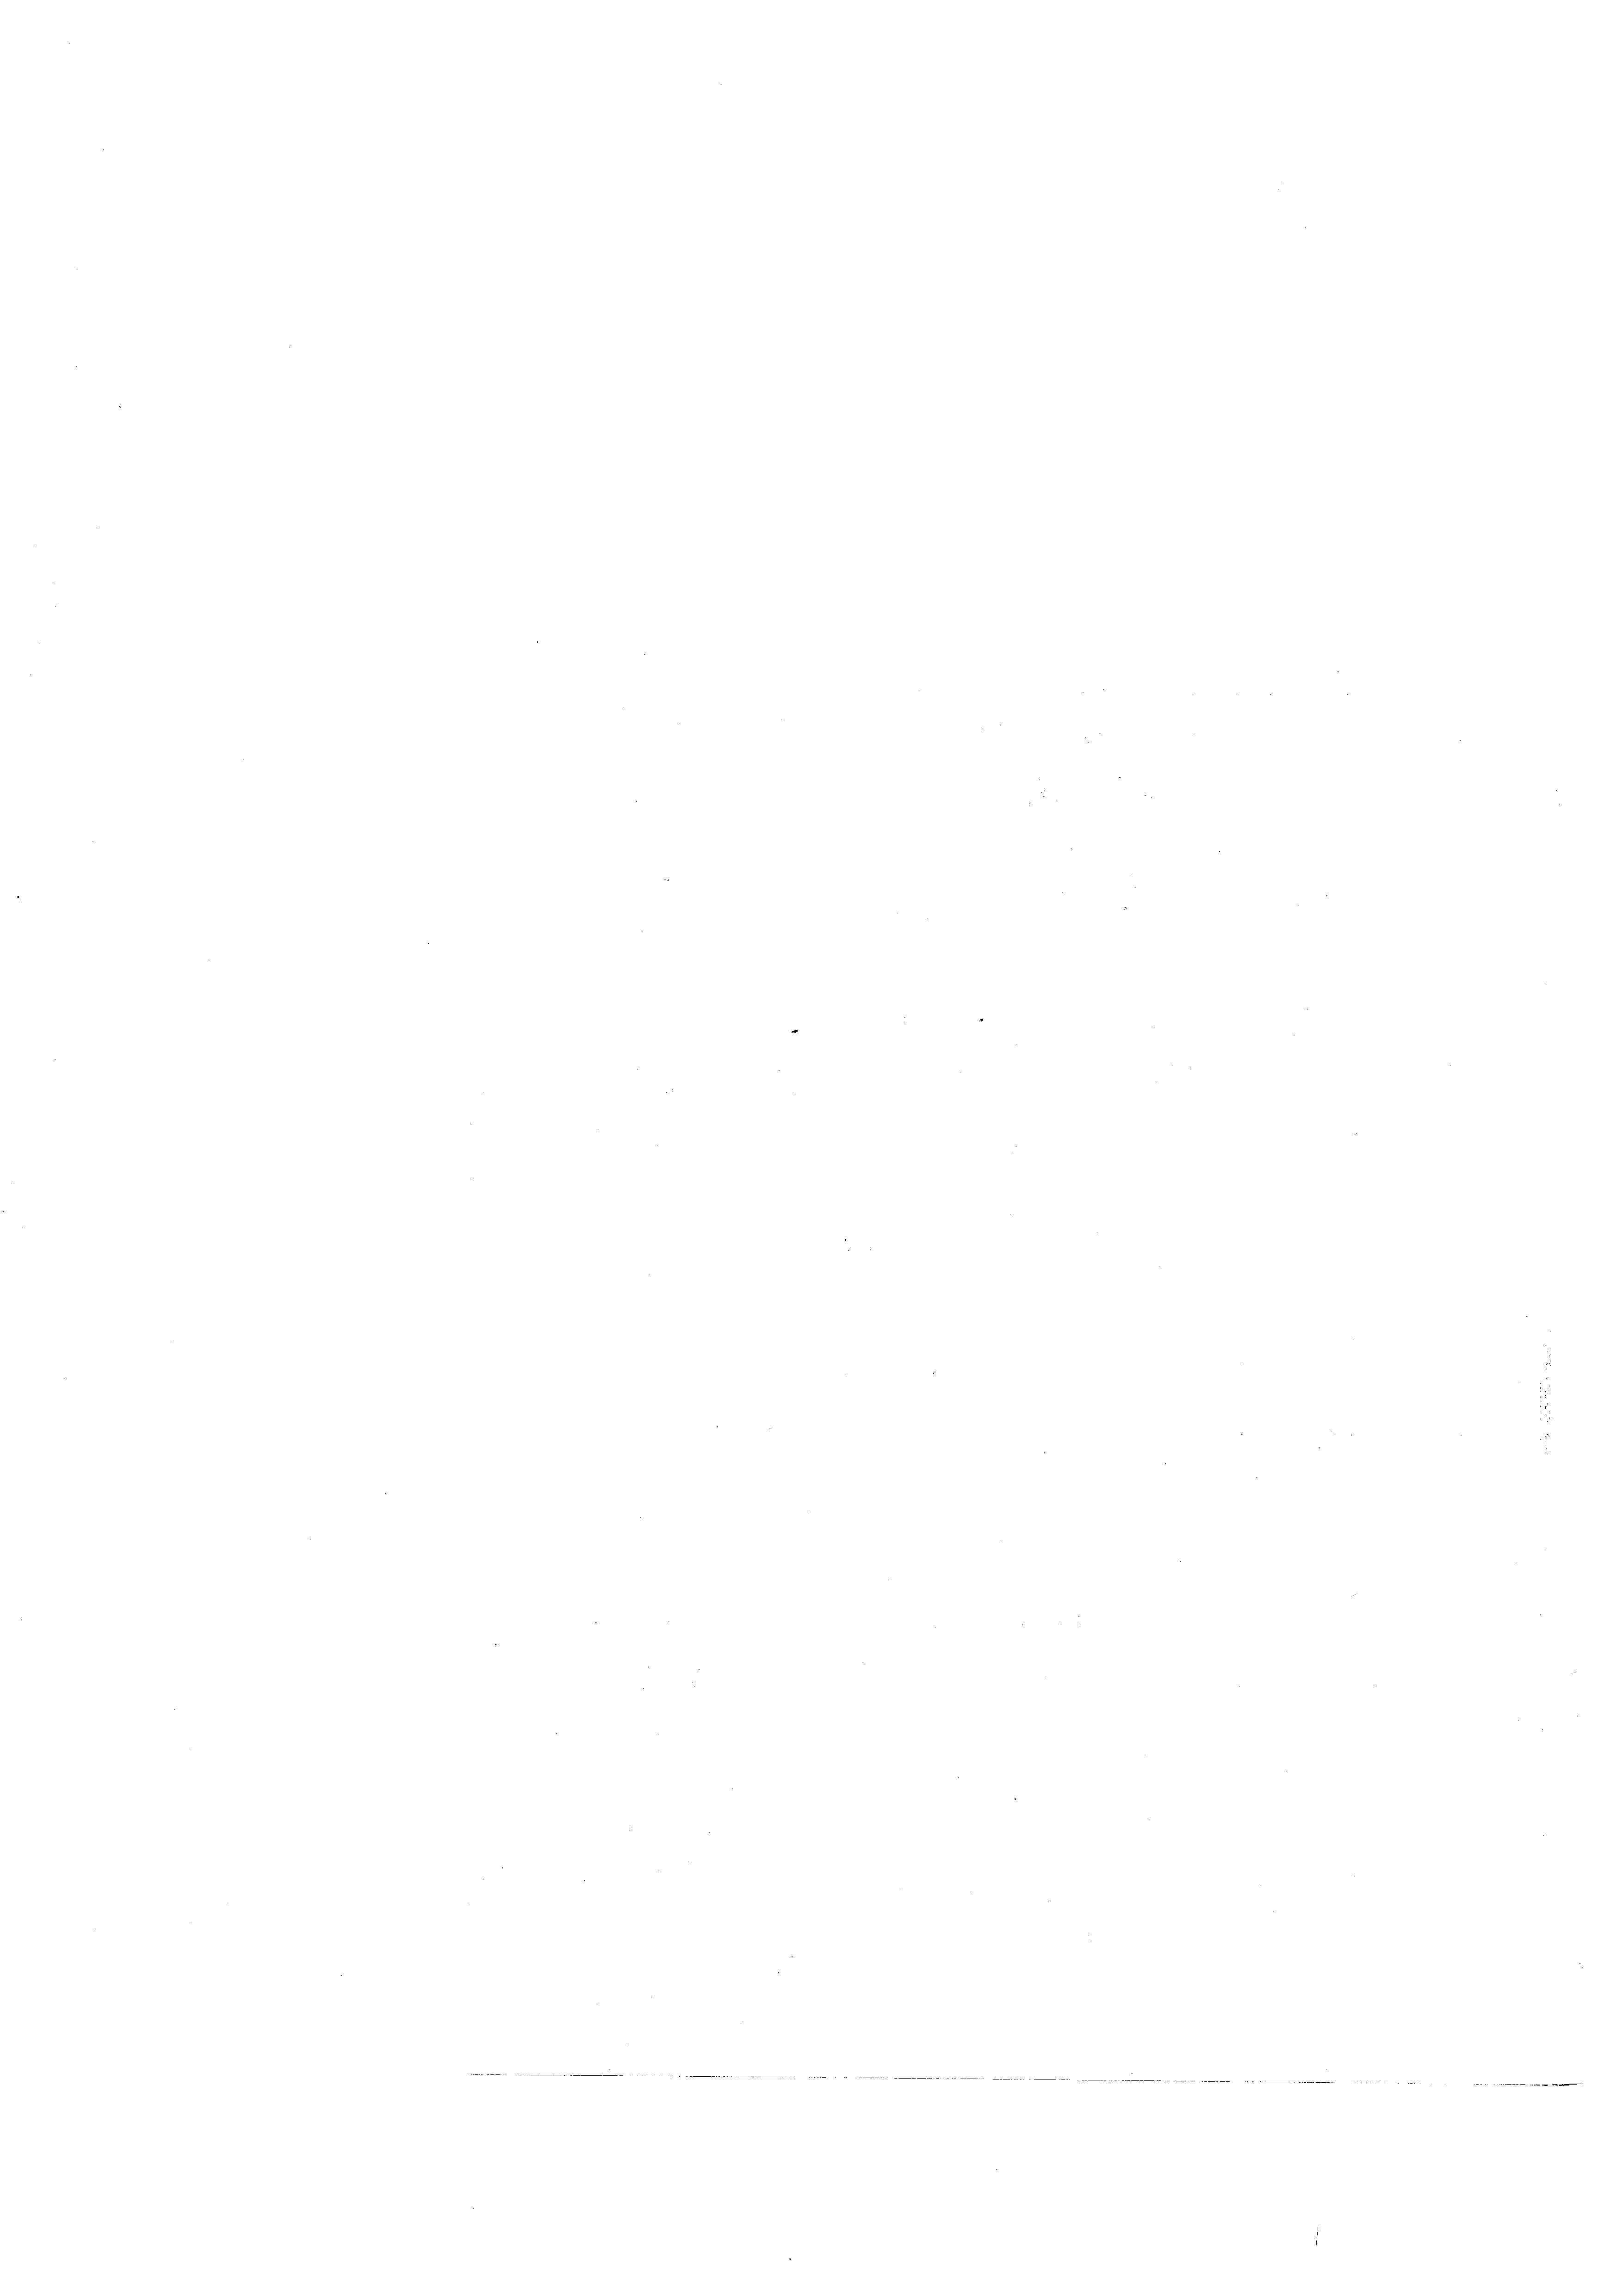
r

e
¬
e
e
s
¬
2
e
3
n
e
n
.